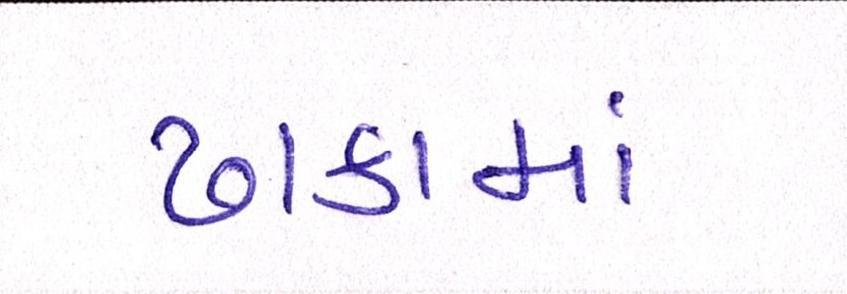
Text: ઢાકામાં